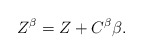
\begin{align*}Z^\beta=Z+C^\beta \beta. \end{align*}